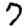
Digit: 7